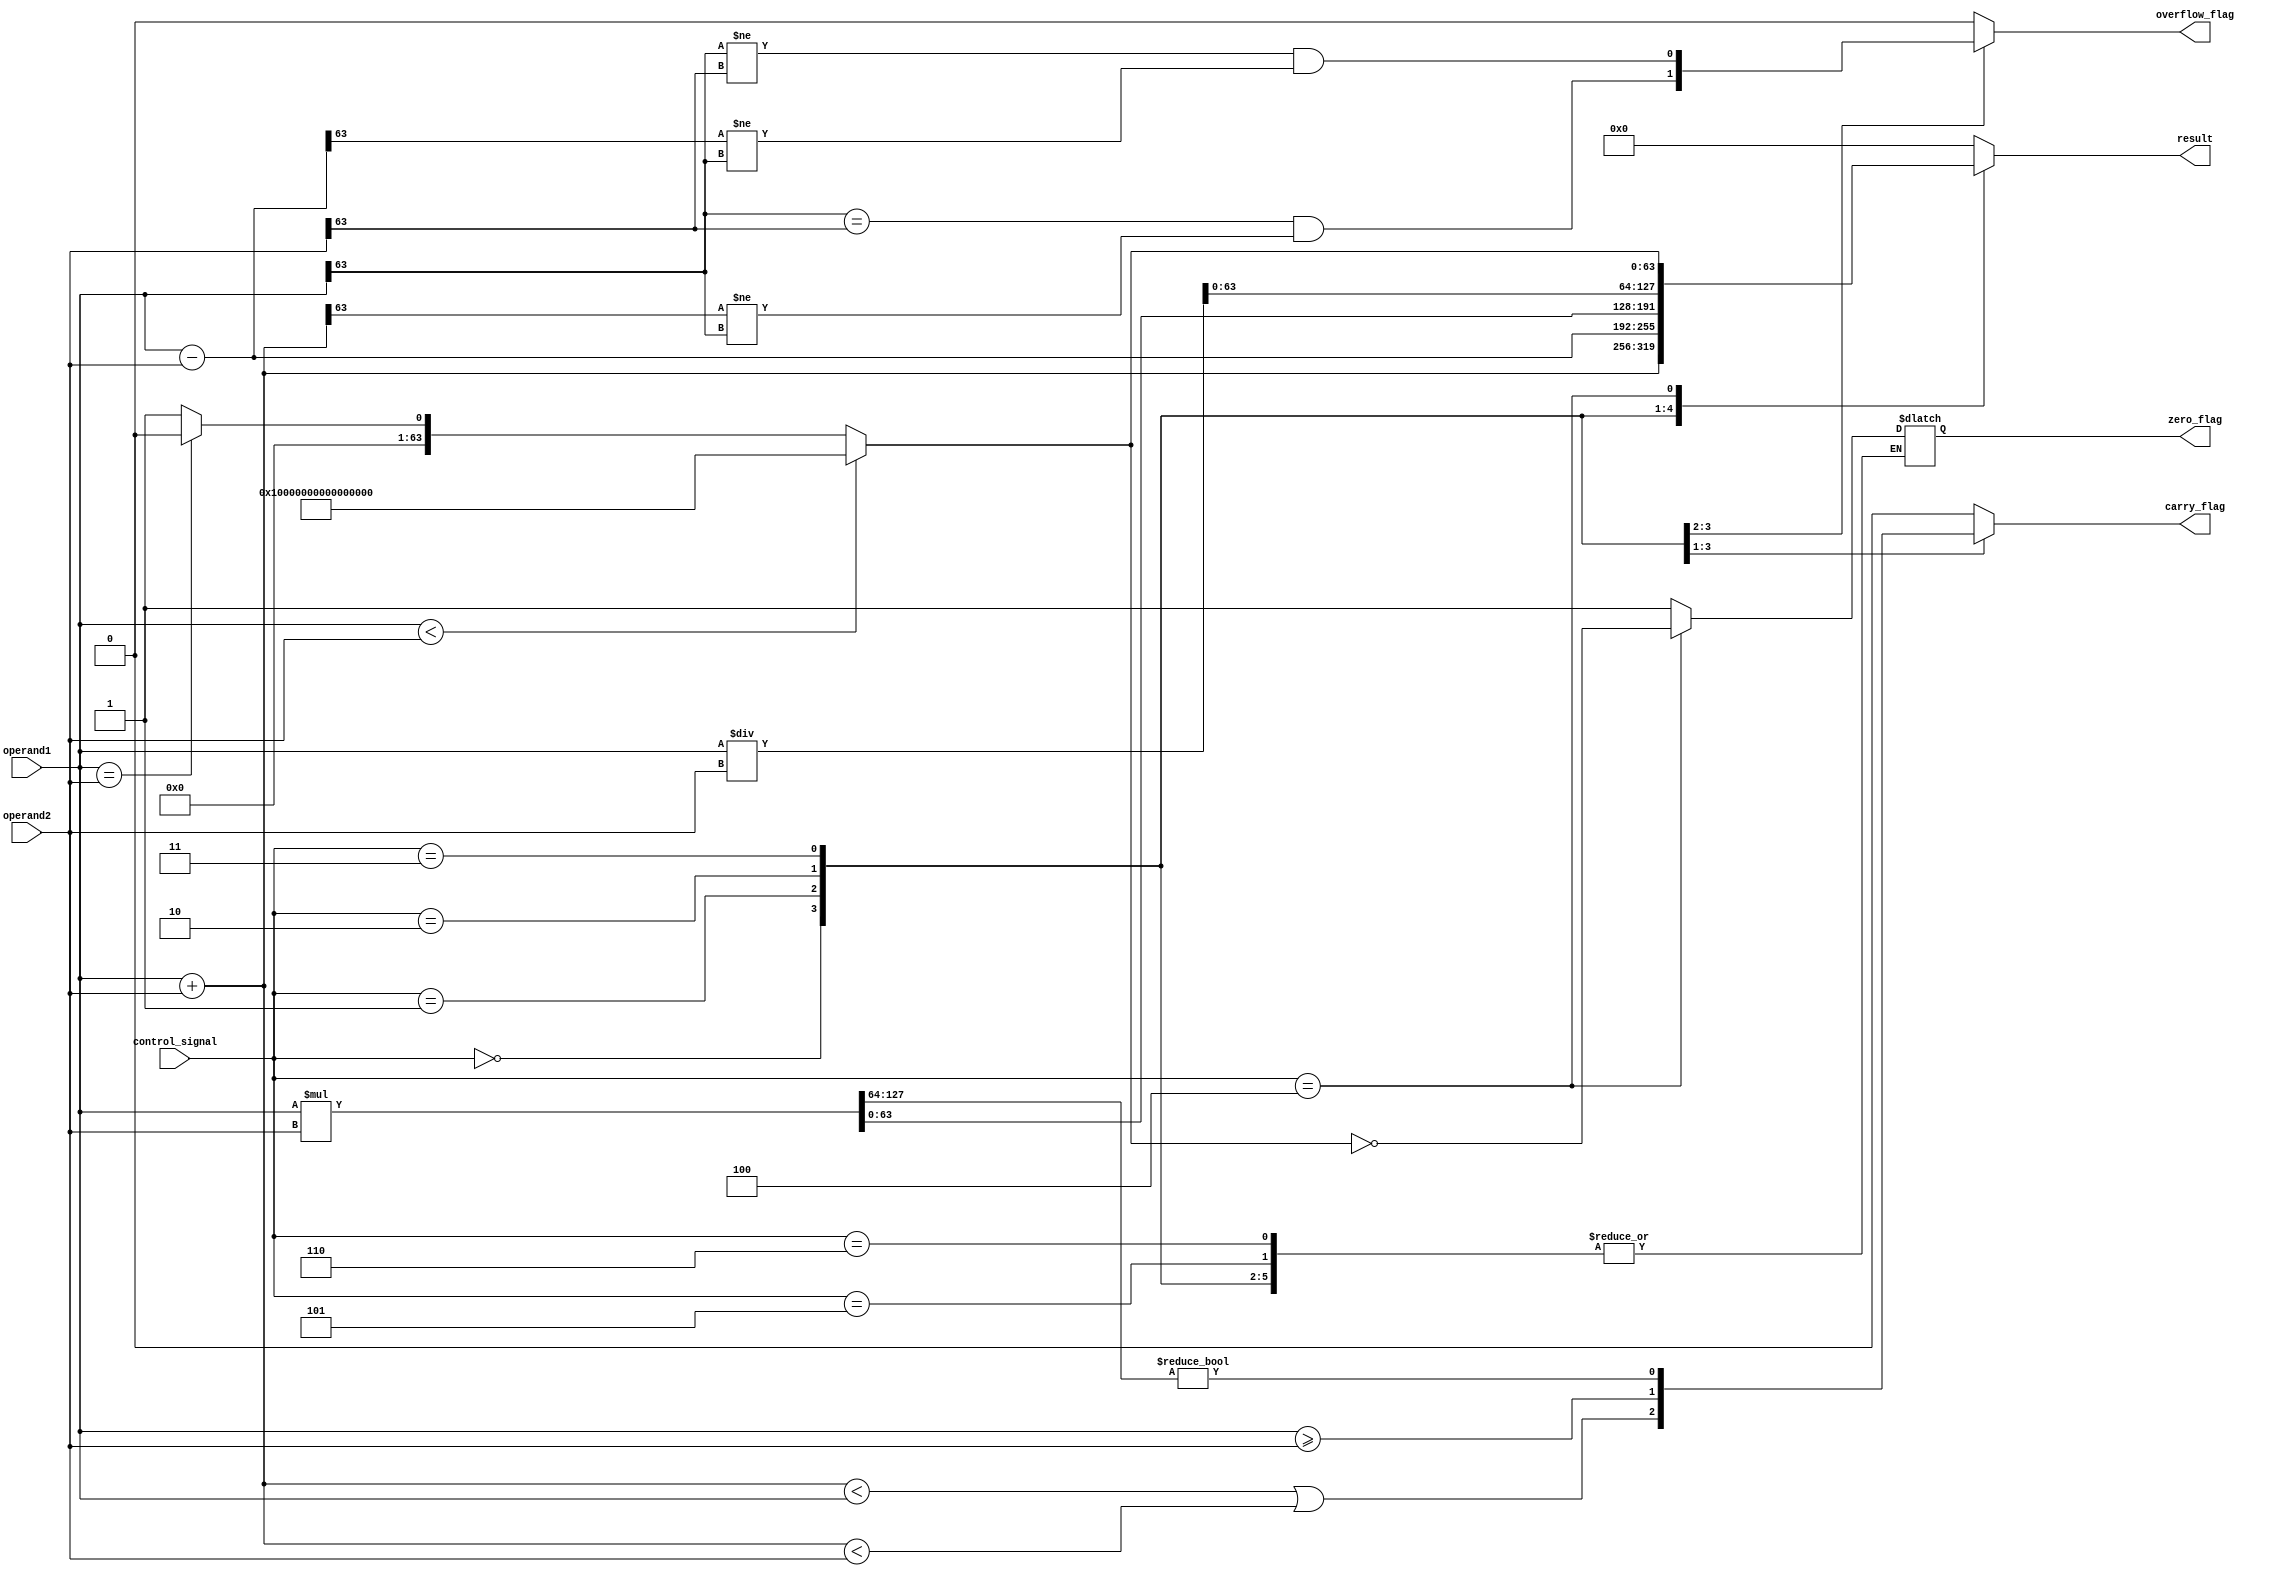
module ALU_64bit (
    input [63:0] operand1,
    input [63:0] operand2,
    input [2:0] control_signal,
    output reg [63:0] result,
    output reg carry_flag,
    output reg overflow_flag,
    output reg zero_flag
);

// Functional blocks declaration
reg [63:0] adder_output;
reg [63:0] subtractor_output;
reg [127:0] multiplier_output;
reg [127:0] divider_output;
reg [63:0] comparator_output;
reg [63:0] shifter_output;

// Adder block
always @*
begin
    adder_output = operand1 + operand2;
end

// Subtractor block
always @*
begin
    subtractor_output = operand1 - operand2;
end

// Multiplier block
always @*
begin
    multiplier_output = operand1 * operand2;
end

// Divider block
always @*
begin
    divider_output = operand1 / operand2;
end

// Comparator block
always @*
begin
    if (operand1 < operand2)
        comparator_output = 64'hFFFFFFFFFFFFFFFF; // All bits set to 1
    else if (operand1 == operand2)
        comparator_output = 64'h0000000000000000; // All bits set to 0
    else
        comparator_output = 64'h0000000000000001; // Only LSB set to 1
end

// Shifter block
always @*
begin
    case (control_signal)
        3'b000: shifter_output = operand1 << 1; // Left shift
        3'b001: shifter_output = operand1 >> 1; // Right shift
        default: shifter_output = 64'b0; // No shift
    endcase
end

// Result and status flags assignment based on control signal
always @*
begin
    case (control_signal)
        3'b000: begin // Addition
            result = adder_output;
            carry_flag = (adder_output < operand1) || (adder_output < operand2);
            overflow_flag = (operand1[63] == operand2[63] && result[63] != operand1[63]);
        end
        3'b001: begin // Subtraction
            result = subtractor_output;
            carry_flag = operand1 >= operand2; // Borrow check
            overflow_flag = (operand1[63] != operand2[63] && result[63] != operand1[63]);
        end
        3'b010: begin // Multiplication
            result = multiplier_output[63:0]; // Lower 64 bits of the product
            carry_flag = multiplier_output[127:64] != 0; // Carry check for 128-bit result
            overflow_flag = 0;
        end
        3'b011: begin // Division
            result = divider_output[63:0]; // Quotient
            carry_flag = 0;
            overflow_flag = 0;
        end
        3'b100: begin // Comparison
            result = comparator_output;
            carry_flag = 0;
            overflow_flag = 0;
            zero_flag = (comparator_output == 64'h0000000000000000);
        end
        3'b101: begin // Left shift
            result = shifter_output;
            carry_flag = 0;
            overflow_flag = 0;
        end
        3'b110: begin // Right shift
            result = shifter_output;
            carry_flag = 0;
            overflow_flag = 0;
        end
        default: begin
            result = 64'b0;
            carry_flag = 0;
            overflow_flag = 0;
            zero_flag = 1;
        end
    endcase
end

endmodule